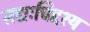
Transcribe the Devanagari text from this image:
सद्यःचिद्दश्य